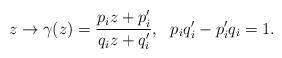
LaTeX: \begin{align*}z \rightarrow \gamma(z)=\frac{p_i z+p'_i}{q_i z+q'_i},~~p_iq'_i-p'_iq_i=1. \end{align*}